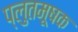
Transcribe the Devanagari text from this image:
प्लुतमूषक